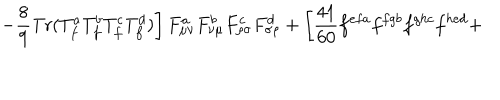
\left. - \frac { 8 } { 9 } \mathrm { T r } ( T _ { f } ^ { a } T _ { f } ^ { b } T _ { f } ^ { c } T _ { f } ^ { d } ) \right] F _ { \mu \nu } ^ { a } F _ { \nu \mu } ^ { b } F _ { \rho \sigma } ^ { c } F _ { \sigma \rho } ^ { d } + \left[ \frac { 4 1 } { 6 0 } f ^ { e f a } f ^ { f g b } f ^ { g h c } f ^ { h e d } + \right.